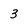
Character: 3